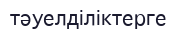
тәуелділіктерге